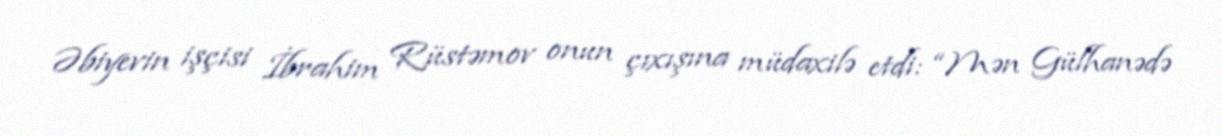
Əbiyevin işçisi İbrahim Rüstəmov onun çıxışına müdaxilə etdi: “Mən Gülhanədə